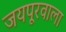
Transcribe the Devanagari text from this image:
जयपूरवाला